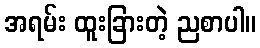
အရမ်း ထူးခြားတဲ့ ညစာပါ။